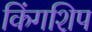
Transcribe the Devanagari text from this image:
किंगशिप